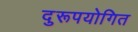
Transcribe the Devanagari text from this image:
दुरूपयोगित